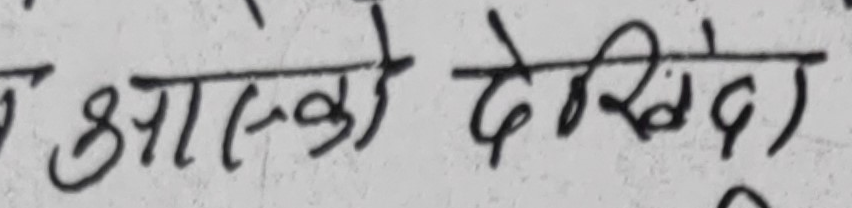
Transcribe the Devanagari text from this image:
आस्को देखिंदो